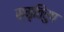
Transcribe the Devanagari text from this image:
स्मृतिरुप